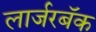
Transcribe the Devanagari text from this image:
लार्जरबॅक